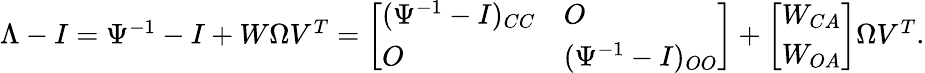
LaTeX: \begin{array}{r}{\Lambda-I=\Psi^{-1}-I+W\Omega V^{T}=\left[\begin{array}{ll}{(\Psi^{-1}-I)_{CC}}&{O}\\ {O}&{(\Psi^{-1}-I)_{OO}}\end{array}\right]+\left[\begin{array}{l}{W_{CA}}\\ {W_{OA}}\end{array}\right]\Omega V^{T}.}\end{array}